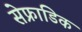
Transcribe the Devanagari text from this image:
सेफ्राडिक